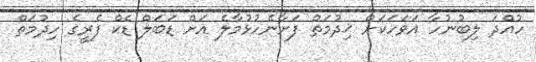
ހުއްދަ ލިބުނުހާ އަވަހަކަށް ޚިދުމަތް ފަށާނެހުޅުމާލެ އަށް ޑަބަލް ޑެކް ފެރީގެ ހިދުމަތް